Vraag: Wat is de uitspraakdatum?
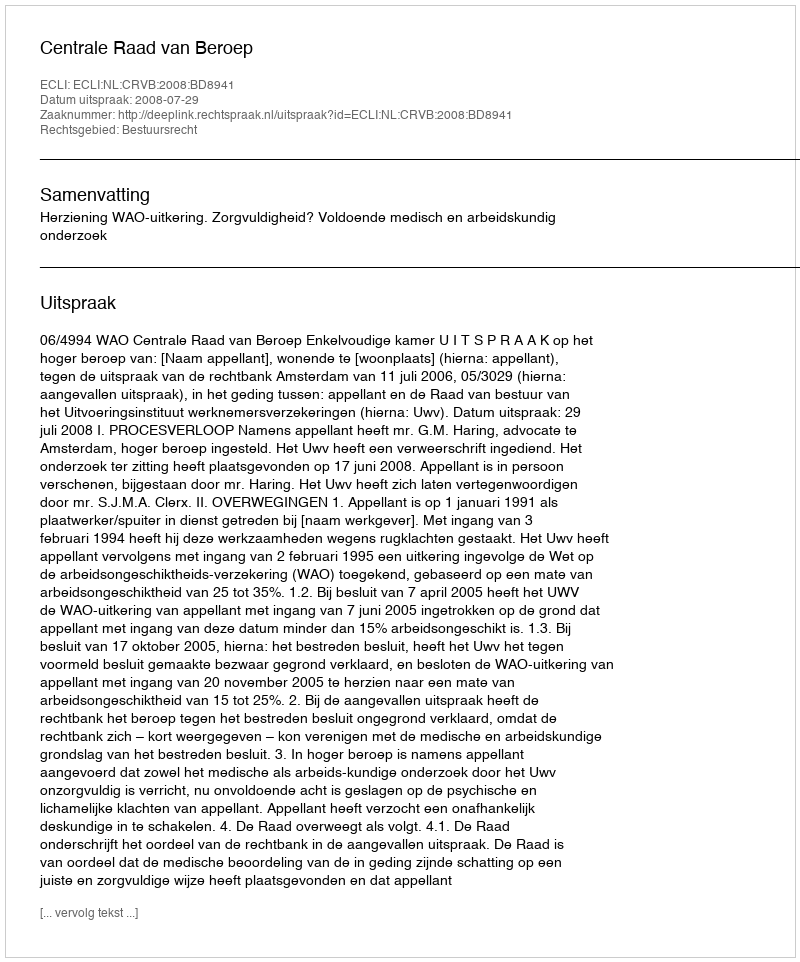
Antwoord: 2008-07-29